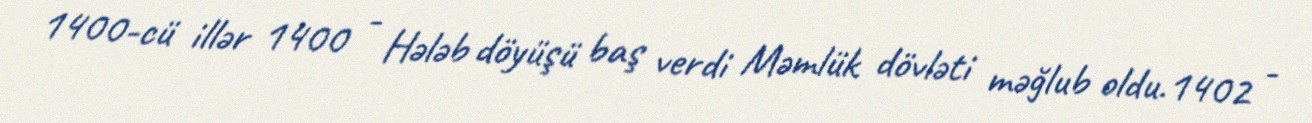
1400-cü illər 1400 - Hələb döyüşü baş verdi Məmlük dövləti məğlub oldu.1402 -